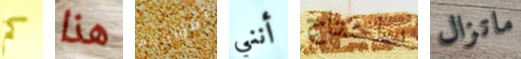
كم هذا أفواههم أنني ساحتاج ماتزال